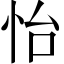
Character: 怡